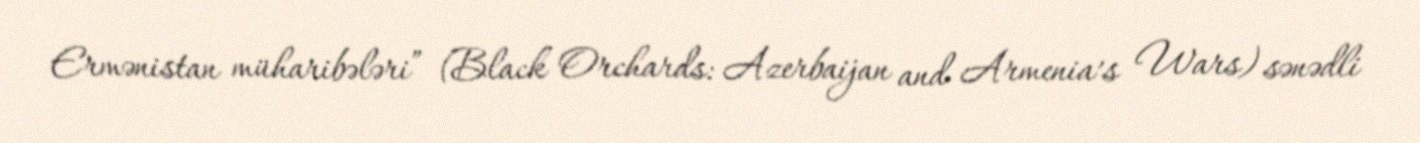
Ermənistan müharibələri” (Black Orchards: Azerbaijan and Armenia’s Wars) sənədli